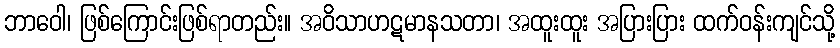
ဘာဝေါ၊ ဖြစ်ကြောင်းဖြစ်ရာတည်း။ အဝိသာဟဋမာနသတာ၊ အထူးထူး အပြားပြား ထက်ဝန်းကျင်သို့